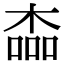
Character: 楍